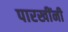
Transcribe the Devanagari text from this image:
पारखींनी